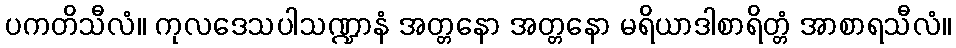
ပကတိသီလံ။ ကုလဒေသပါသဏ္ဍာနံ အတ္တနော အတ္တနော မရိယာဒါစာရိတ္တံ အာစာရသီလံ။